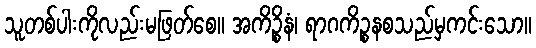
သူတစ်ပါးကိုလည်းမဖြတ်စေ။ အကိဉ္စိနံ၊ ရာဂကိဉ္စနစသည်မှကင်းသော။